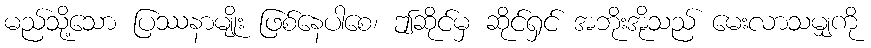
မည်သို့သော ပြဿနာမျိုး ဖြစ်နေပါစေ၊ ဤဆိုင်မှ ဆိုင်ရှင် အဘိုးအိုသည် မေးလာသမျှကို